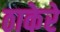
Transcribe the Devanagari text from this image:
ठाकेरे